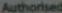
Authorised